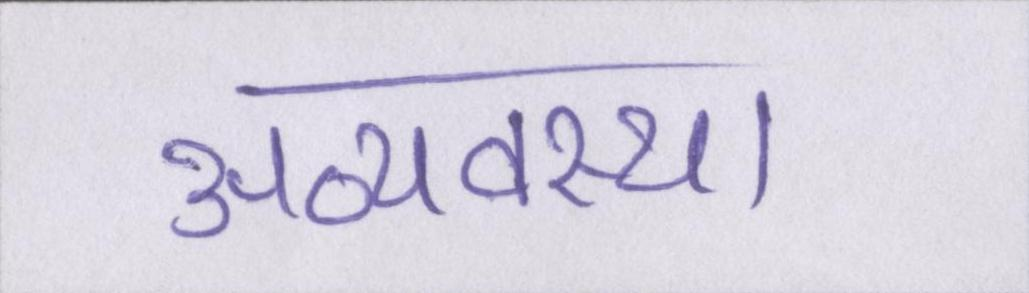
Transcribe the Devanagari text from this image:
अव्यवस्था